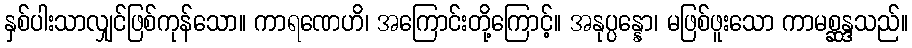
နှစ်ပါးသာလျှင်ဖြစ်ကုန်သော။ ကာရဏေဟိ၊ အကြောင်းတို့ကြောင့်။ အနုပ္ပန္နော၊ မဖြစ်ဖူးသော ကာမစ္ဆန္ဒသည်။